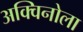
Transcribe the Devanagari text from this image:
अक्विनोला